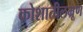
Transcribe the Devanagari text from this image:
कोशातीलभ्रूण